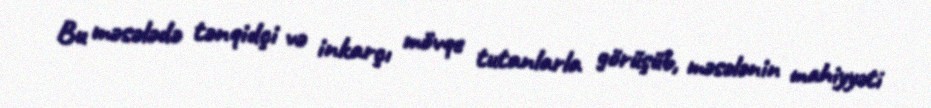
Bu məsələdə tənqidçi və inkarçı mövqe tutanlarla görüşüb, məsələnin mahiyyəti